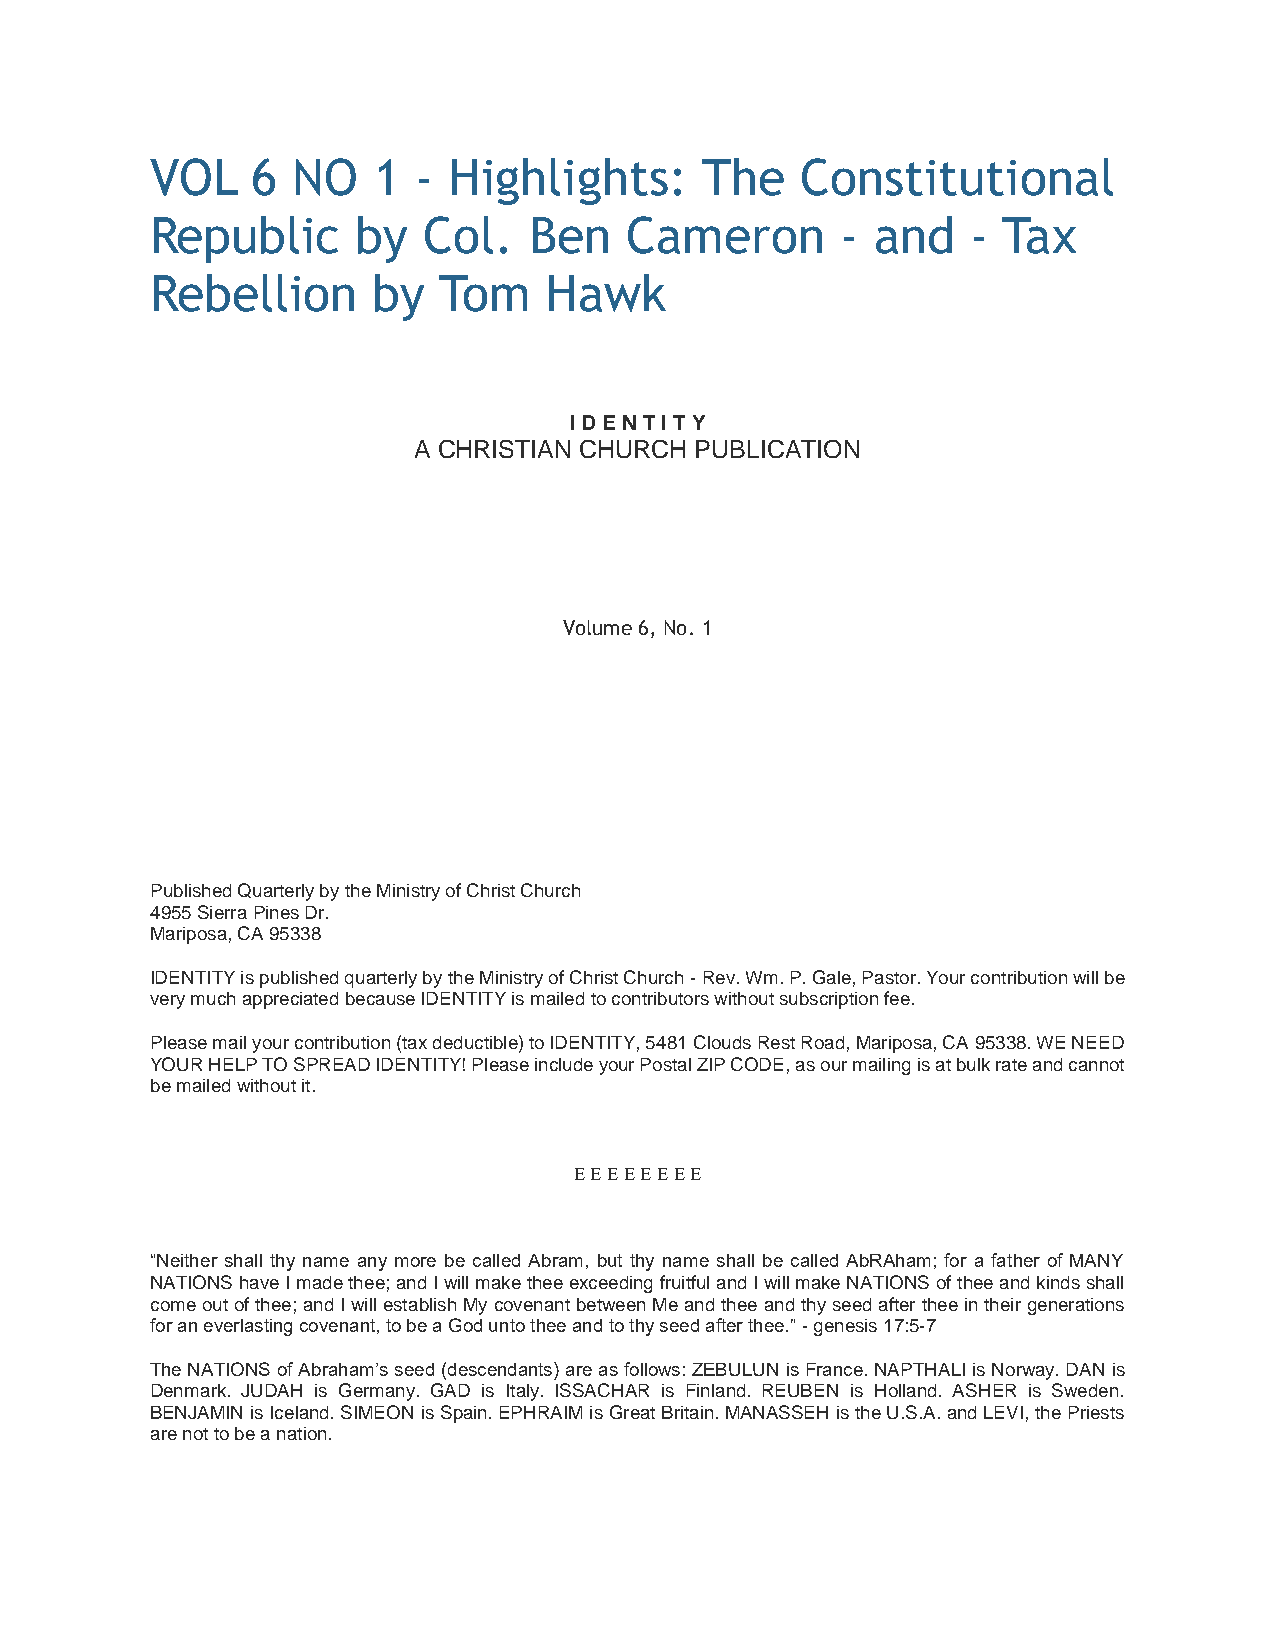
VOL    6 NO    1 -  Highlights:     The    Constitutional
 Republic      by  Col.   Ben   Cameron        - and   - Tax
 Rebellion      by  Tom    Hawk
 I D E N T I T Y
 A CHRISTIAN CHURCH PUBLICATION
 Volume 6, No. 1
 Published Quarterly by the Ministry of Christ Church
 4955 Sierra Pines Dr.
 Mariposa, CA 95338
 IDENTITY is published quarterly by the Ministry of Christ Church - Rev. Wm. P. Gale, Pastor. Your contribution will be
 very much appreciated because IDENTITY is mailed to contributors without subscription fee.
 Please mail your contribution (tax deductible) to IDENTITY, 5481 Clouds Rest Road, Mariposa, CA 95338. WE NEED
 YOUR HELP TO SPREAD IDENTITY! Please include your Postal ZIP CODE, as our mailing is at bulk rate and cannot
 be mailed without it.
        
 “Neither shall thy name any more be called Abram, but thy name shall be called AbRAham; for a father of MANY
 NATIONS have I made thee; and I will make thee exceeding fruitful and I will make NATIONS of thee and kinds shall
 come out of thee; and I will establish My covenant between Me and thee and thy seed after thee in their generations
 for an everlasting covenant, to be a God unto thee and to thy seed after thee.” - genesis 17:5-7
 The NATIONS of Abraham’s seed (descendants) are as follows: ZEBULUN is France. NAPTHALI is Norway. DAN is
 Denmark. JUDAH is Germany. GAD is Italy. ISSACHAR is Finland. REUBEN is Holland. ASHER is Sweden.
 BENJAMIN is Iceland. SIMEON is Spain. EPHRAIM is Great Britain. MANASSEH is the U.S.A. and LEVI, the Priests
 are not to be a nation.